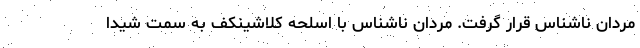
مردان ناشناس قرار گرفت. مردان ناشناس با اسلحه کلاشینکف به سمت شیدا